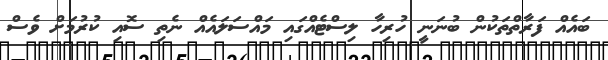
ބައެއް ފަރާތްތަކުން ބުނަނީ ހުރިހާ ލިސްޓެއްގައި މައްސަލައެއް ނެތި ސޮއި ކުރުމަށް ވެސް